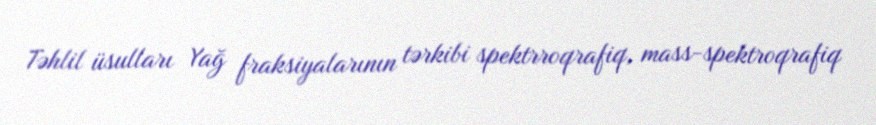
Təhlil üsulları Yağ fraksiyalarının tərkibi spektrroqrafiq, mass-spektroqrafiq